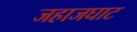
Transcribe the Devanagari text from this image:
जहाजघाट